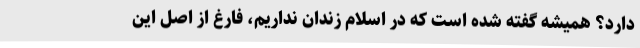
دارد؟ همیشه گفته شده است که در اسلام زندان نداریم، فارغ از اصل این